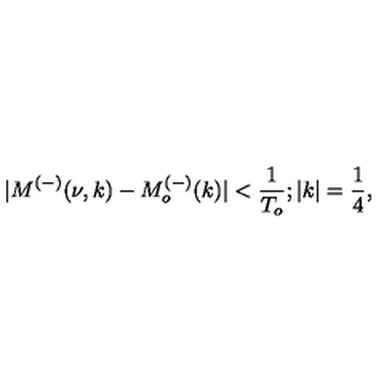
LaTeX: | M ^ { ( - ) } ( \nu , k ) - M _ { o } ^ { ( - ) } ( k ) | < \frac { 1 } { T _ { o } } ; | k | = \frac { 1 } { 4 } ,